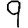
Digit: 9